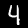
Label: 4